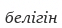
белігін